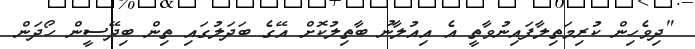
"ދިވެހިން ކުރިމަތިލާފައިނުވާތީ އެ އިއުލާނު ބާތިލުކޮށް އޭގެ ބަދަލުގައި ތިން ބިދޭސީން ހޯދަން